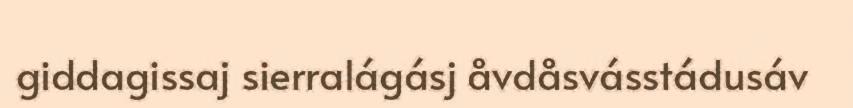
giddagissaj sierralágásj åvdåsvásstádusáv